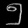
Digit: ၅